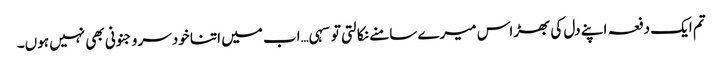
تم ایک دفعہ اپنے دل کی بھڑاس میرے سامنے نکالتی تو سہی…اب میں اتنا خودسر و جنونی بھی نہیں ہوں۔